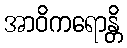
အာဝိကရောန္တိ